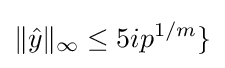
\lVert {\hat {y}}\rVert _{\infty }\leq 5ip^{1/m}\rbrace